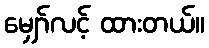
မျှော်လင့် ထားတယ်။